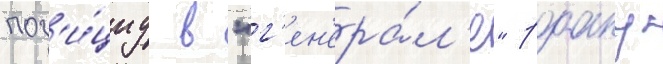
поз'и́циу в "г'ен'ера́л'е" роану